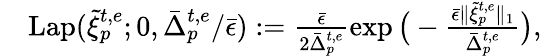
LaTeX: \begin{array}{rl}&{\mathrm{Lap}(\tilde{\xi}_{p}^{t,e};0,\bar{\Delta}_{p}^{t,e}/\bar{\epsilon}):=\frac{\bar{\epsilon}}{2\bar{\Delta}_{p}^{t,e}}\exp\big(-\frac{\bar{\epsilon}\| \tilde{\xi}_{p}^{t,e}\| _{1}}{\bar{\Delta}_{p}^{t,e}}\big),}\end{array}